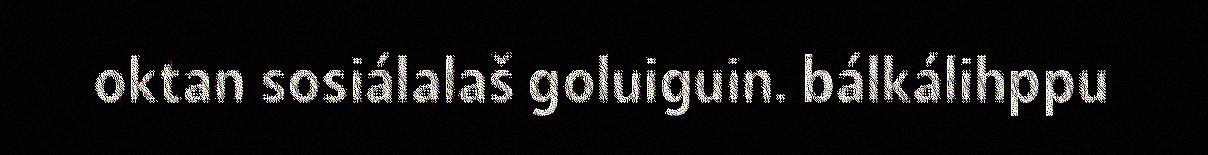
oktan sosiálalaš goluiguin. bálkálihppu